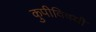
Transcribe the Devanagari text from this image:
कुपीविषयी